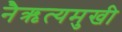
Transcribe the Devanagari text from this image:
नैऋत्यमुखी